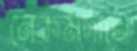
নেকমর্দানে